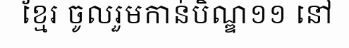
ខ្មែរ ចូលរួមកាន់បិណ្ឌ១១ នៅ